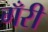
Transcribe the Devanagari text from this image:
गँरी